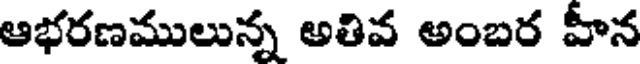
ఆభరణములున్న అతివ అంబర హీన